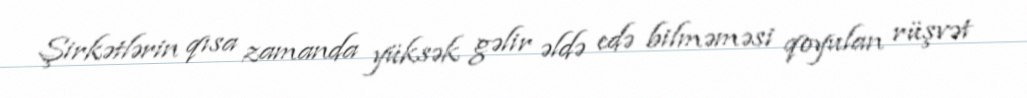
Şirkətlərin qısa zamanda yüksək gəlir əldə edə bilməməsi qoyulan rüşvət